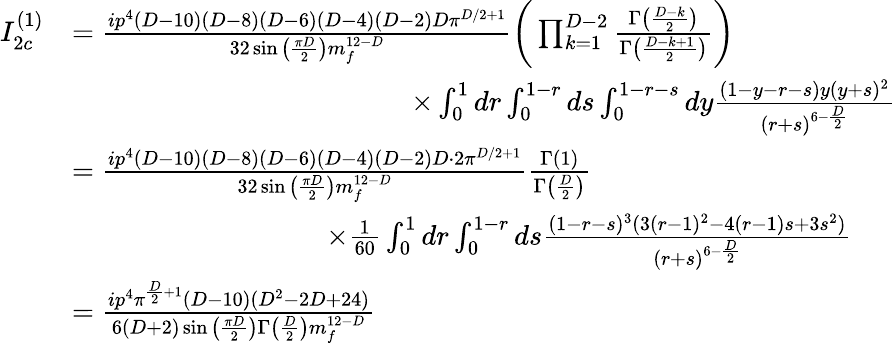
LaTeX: \begin{array}{rl}{I_{2c}^{(1)}}&{=\frac{ip^{4}(D-10)(D-8)(D-6)(D-4)(D-2)D\pi^{D/2+1}}{32\sin\big(\frac{\pi D}{2}\big)m_{f}^{12-D}}\bigg(\prod_{k=1}^{D-2}\frac{\Gamma\big(\frac{D-k}{2}\big)}{\Gamma\big(\frac{D-k+1}{2}\big)}\bigg)}\\ &{\quad\quad\quad\quad\quad\quad\quad\quad\quad\quad\quad\quad\times\int_{0}^{1}dr\int_{0}^{1-r}ds\int_{0}^{1-r-s}dy\frac{(1-y-r-s)y(y+s)^{2}}{(r+s)^{6-\frac{D}{2}}}}\\ &{=\frac{ip^{4}(D-10)(D-8)(D-6)(D-4)(D-2)D\cdot 2\pi^{D/2+1}}{32\sin\big(\frac{\pi D}{2}\big)m_{f}^{12-D}}\frac{\Gamma(1)}{\Gamma\big(\frac{D}{2}\big)}}\\ &{\quad\quad\quad\quad\quad\quad\quad\quad\quad\times\frac{1}{60}\int_{0}^{1}dr\int_{0}^{1-r}ds\frac{(1-r-s)^{3}(3(r-1)^{2}-4(r-1)s+3s^{2})}{(r+s)^{6-\frac{D}{2}}}}\\ &{=\frac{ip^{4}\pi^{\frac{D}{2}+1}(D-10)(D^{2}-2D+24)}{6(D+2)\sin\big(\frac{\pi D}{2}\big)\Gamma\big(\frac{D}{2}\big)m_{f}^{12-D}}}\end{array}